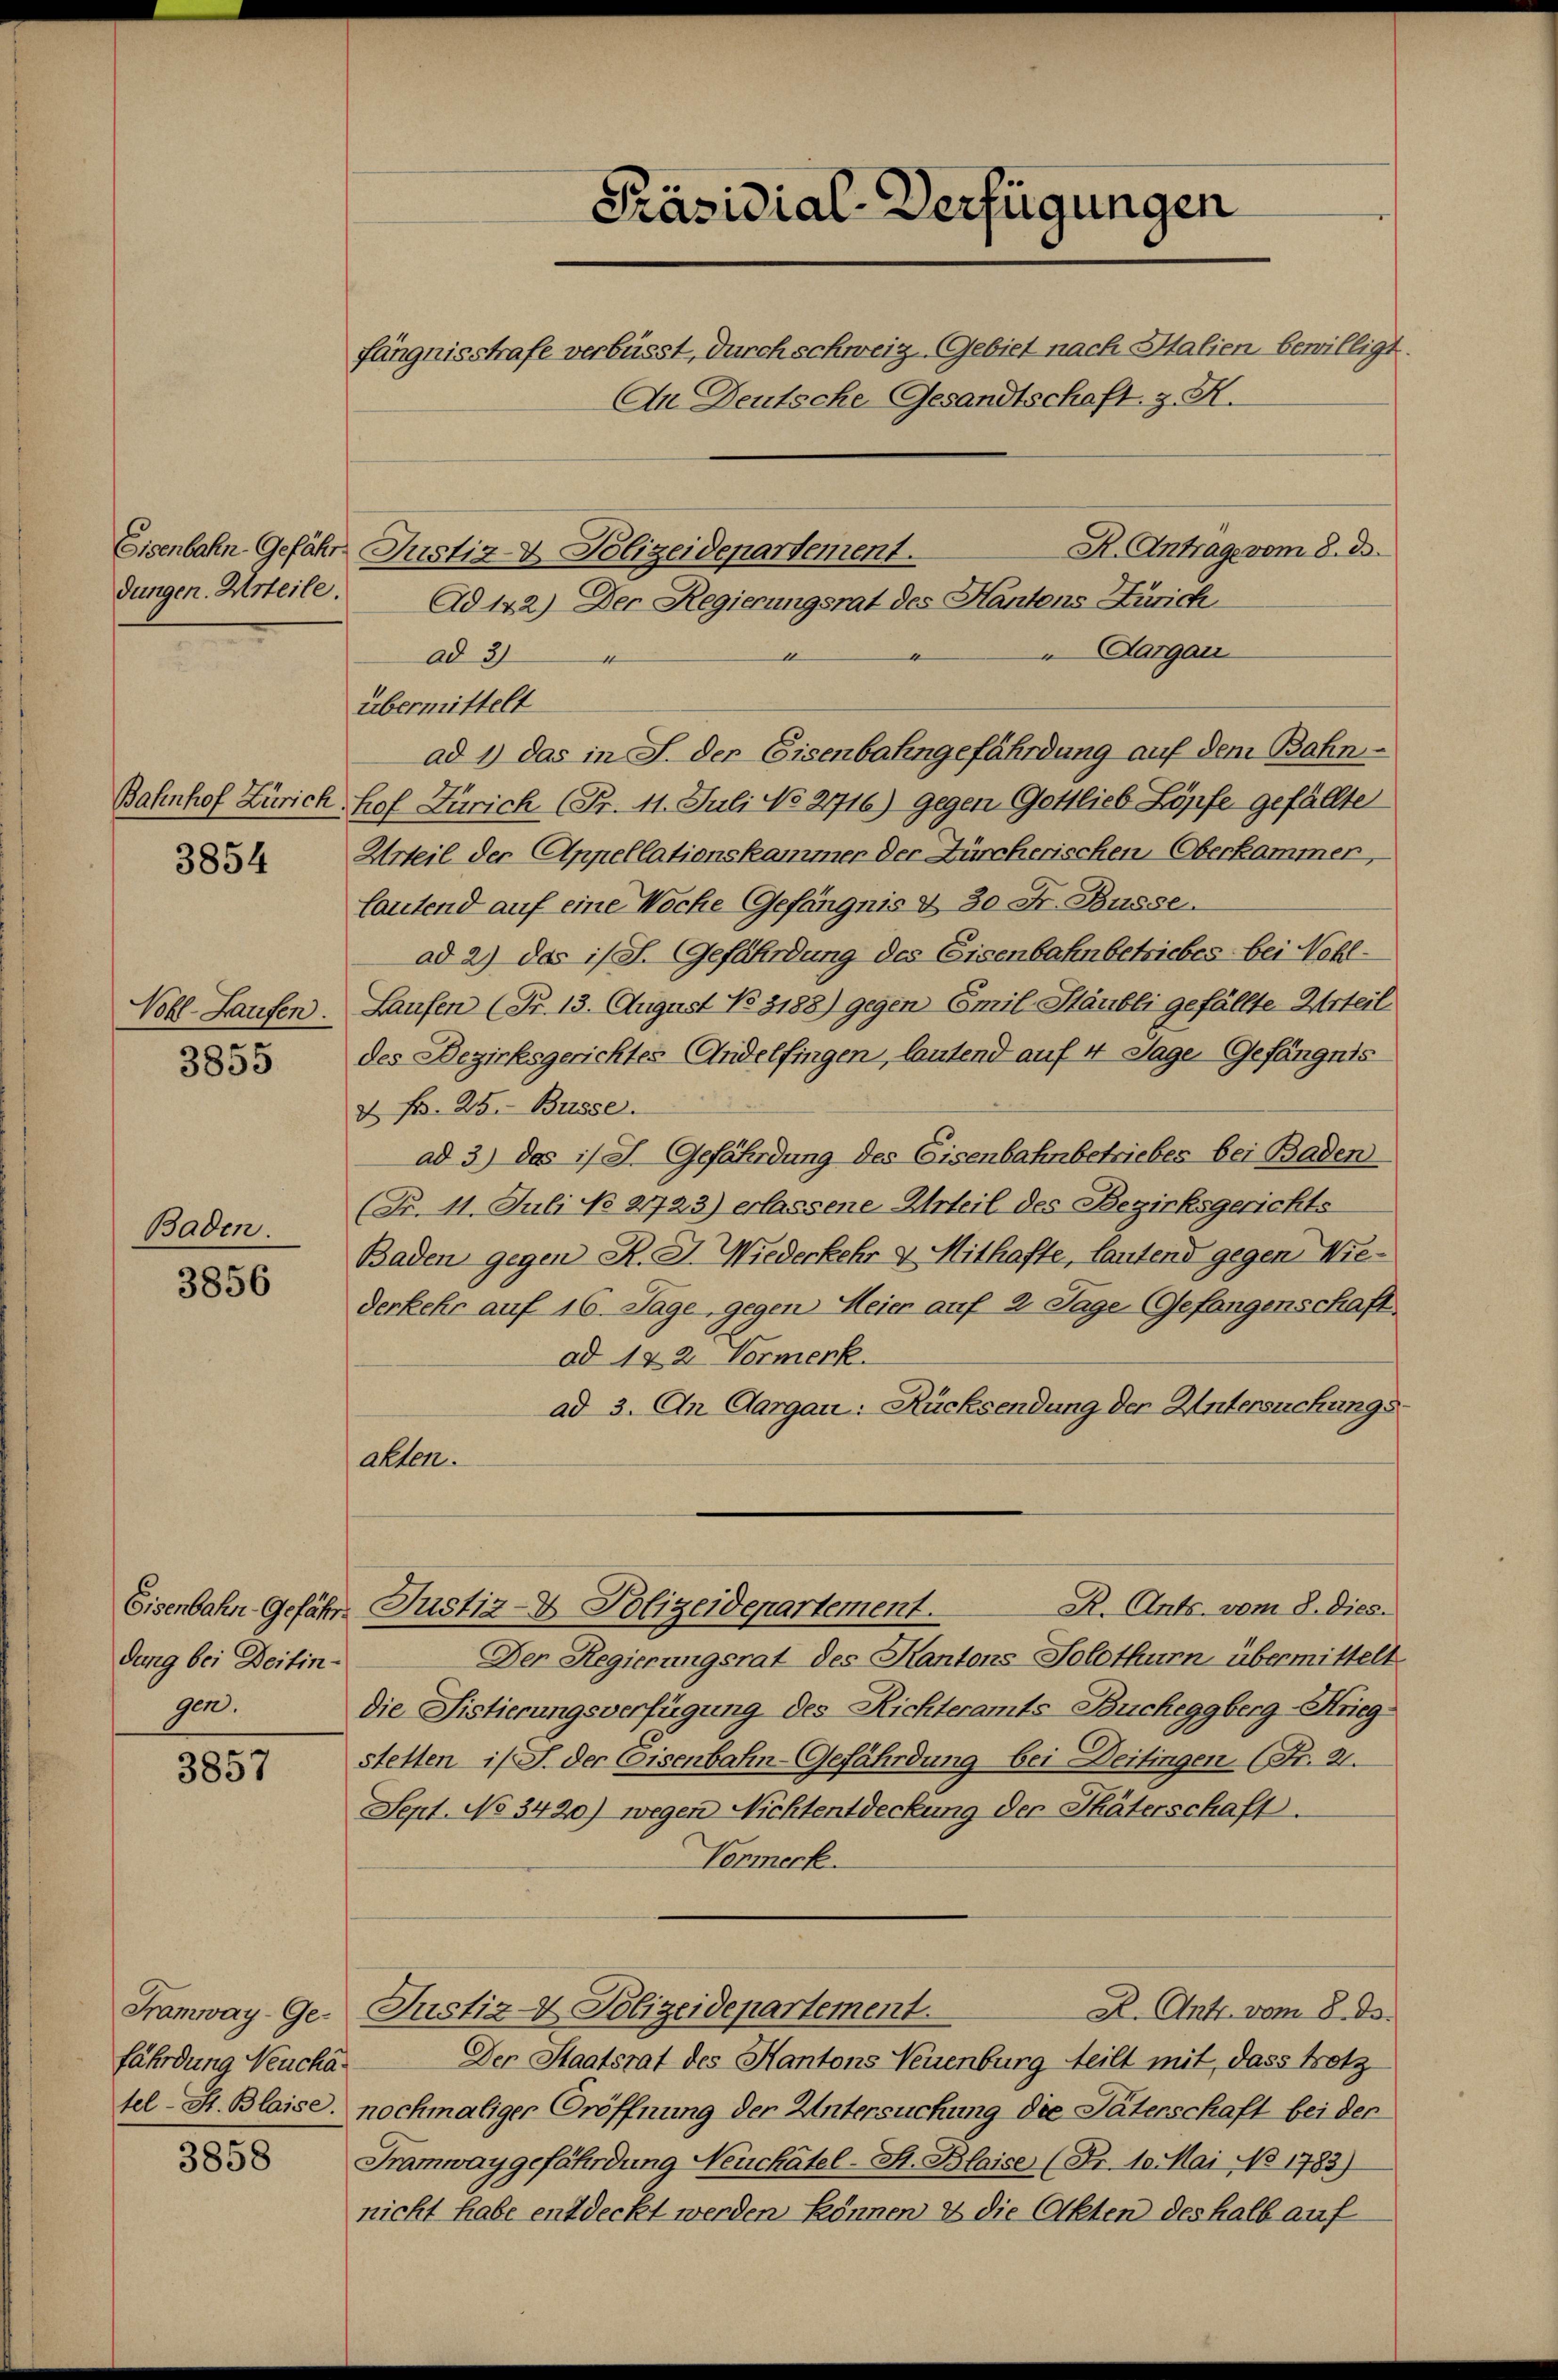
Eisenbahn-Gefähr.
dungen. Urteile.

Bahnhof Zürich.

3854

Vobl. Laufen.

3855

Baden.

3856

dung bei Deitingen.

3857

fährdung Neucha

3858

R. Antrags vom 8. ds.
Ad 142) Der Regierungsrat des Kantons Zürich
Aargau
ad 3)
übermittelt
ad 1) das in J. der Eisenbahngefährdung auf dem Bahnhof Zürich (Fr. 11. Juli No 2716) gegen Gottlieb Löpfe gefällte
Urteil der Appellationskammer der Zürcherischen Oberkammer,
lautend auf eine Woche Gefängnis & 30 Fr. Busse
ad 2) das ist. Gefährdung des Eisenbahnbetriebes bei Nohl¬
Laufen (Fr. 13. August No 3188) gegen Emil-Stäubli gefällte Urteil
des Bezirksgerichtes Andelfingen, lautend auf 4 Tage Gefängnis
& N. 25. Busse
ad 3) das is L. Gefährdung des Eisenbahnbetriebes bei Baden
(Nr. 11. Juli No 2723) erlassene Urteil des Bezirksgerichts
Baden gegen K. J. Wiederkehr v. Mithafte, lautend gegen Wiederkehr auf 16. Tage, gegen Meier auf 2 Tage (Gefangenschaft
ad 122. Vormerk
ad 3. An Aargau: Rücksendung der Untersuchungsakten.

Präsidial-Verfügungen

fängnisstrafe verbüsst, durch schweiz Gebiet nach Italien, bewilligt.
An Deutsche Gesandtschaft, z. H.

Justiz- & Polizeidepartement.

R. Ants. vom 8. Dies.
Eisenbahn-Gefähr Justiz- & Polizeidepartement.
Der Regierungsrat des Kantons Solothurn übermittelt
die Fistierungsverfügung des Richteramts Bucheggberg-Kriegstetten is J. der Eisenbahn-Gefährdung bei Deitingen (S. 21.
Sept. No 3420) wegen Nichtentdeckung der Thäterschaft.
Vormerk
Framway-Ge- Justiz- & Polizeidepartement.
D. Ant. vom 8. ds.
Der Staatsrat des Kantons Neuenburg teilt mit dass trotz
sel-St. Blaise, nochmaliger Eröffnung der Untersuchung die Paterschaft bei der
Tramway gefährdung Neuchâtel-St. Blaise (Fr. 10. Mai No 1783)
nicht habe entdeckt werden können & die Akten des halb auf